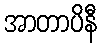
အာတာပိနီ